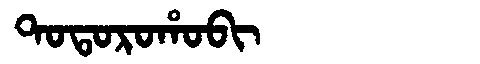
Manchu: ᡨᠣᡨᠣᡵᠣᡥᠣᠪᡳ
Romanization: TOTOROHOBI